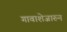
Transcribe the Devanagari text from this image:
गावाशेजारुन